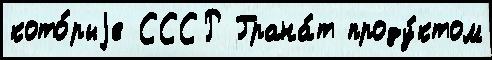
кото́рыjе СССР Грана́т проду́ктом